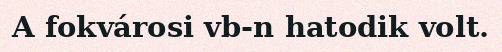
A fokvárosi vb-n hatodik volt.